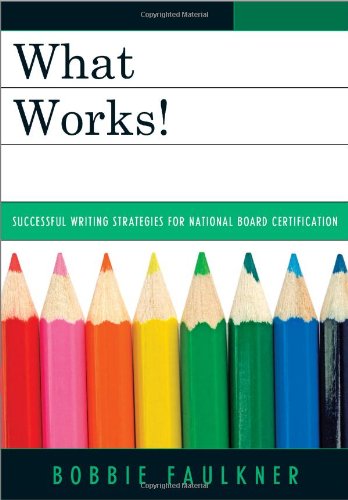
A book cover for What Works!: Successful Writing Strategies for National Board Certification; Bobbie Faulkner; Education & Teaching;